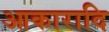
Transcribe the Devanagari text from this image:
आकारादि